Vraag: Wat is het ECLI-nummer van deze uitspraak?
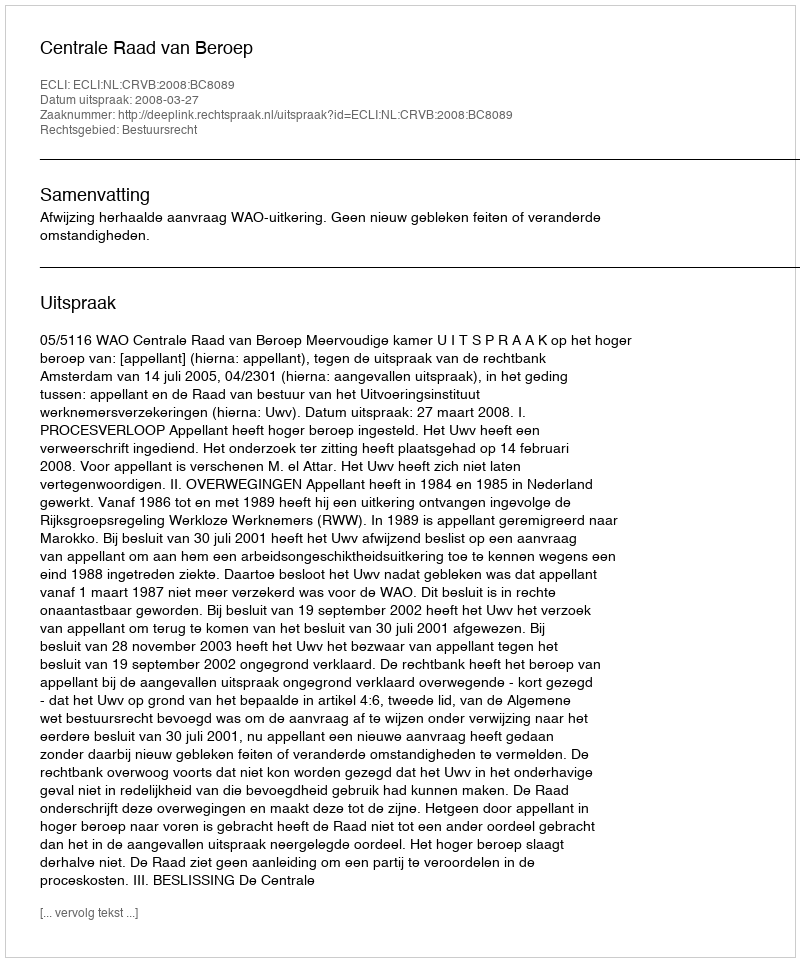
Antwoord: ECLI:NL:CRVB:2008:BC8089